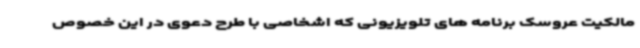
مالکیت عروسک برنامه های تلویزیونی که اشخاصی با طرح دعوی در این خصوص